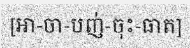
[អា-ចា-បញ់-ចុះ-ធាត]